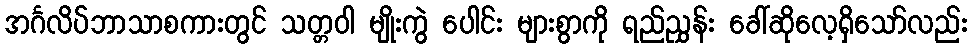
အင်္ဂလိပ်ဘာသာစကားတွင် သတ္တဝါ မျိုးကွဲ ပေါင်း များစွာကို ရည်ညွှန်း ခေါ်ဆိုလေ့ရှိသော်လည်း